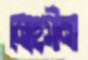
মোহসীনা